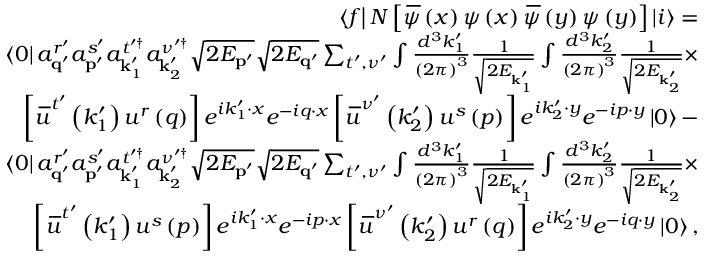
\begin{array} { r l r } & { } & { \left\langle f \right\vert N \left[ \, \overline { { \! { \psi } } } \left( x \right) \psi \left( x \right) \, \overline { { \! { \psi } } } \left( y \right) \psi \left( y \right) \right] \left\vert i \right\rangle = } \\ & { } & { \left\langle 0 \right\vert a _ { \mathbf { q } ^ { \prime } } ^ { r ^ { \prime } } a _ { \mathbf { p } ^ { \prime } } ^ { s ^ { \prime } } a _ { \mathbf { k } _ { 1 } ^ { \prime } } ^ { t ^ { \prime \dagger } } a _ { \mathbf { k } _ { 2 } ^ { \prime } } ^ { \nu ^ { \prime \dagger } } \sqrt { 2 E _ { \mathbf { p } ^ { \prime } } } \sqrt { 2 E _ { \mathbf { q } ^ { \prime } } } \sum _ { t ^ { \prime } , \nu ^ { \prime } } \int \frac { d ^ { 3 } k _ { 1 } ^ { \prime } } { \left( 2 \pi \right) ^ { 3 } } \frac { 1 } { \sqrt { 2 E _ { \mathbf { k } _ { 1 } ^ { \prime } } } } \int \frac { d ^ { 3 } k _ { 2 } ^ { \prime } } { \left( 2 \pi \right) ^ { 3 } } \frac { 1 } { \sqrt { 2 E _ { \mathbf { k } _ { 2 } ^ { \prime } } } } \times } \\ & { } & { \left[ \, \overline { { \! { u } } } ^ { t ^ { \prime } } \left( k _ { 1 } ^ { \prime } \right) u ^ { r } \left( q \right) \right] e ^ { i k _ { 1 } ^ { \prime } \cdot x } e ^ { - i q \cdot x } \left[ \, \overline { { \! { u } } } ^ { \nu ^ { \prime } } \left( k _ { 2 } ^ { \prime } \right) u ^ { s } \left( p \right) \right] e ^ { i k _ { 2 } ^ { \prime } \cdot y } e ^ { - i p \cdot y } \left\vert 0 \right\rangle - } \\ & { } & { \left\langle 0 \right\vert a _ { \mathbf { q } ^ { \prime } } ^ { r ^ { \prime } } a _ { \mathbf { p } ^ { \prime } } ^ { s ^ { \prime } } a _ { \mathbf { k } _ { 1 } ^ { \prime } } ^ { t ^ { \prime \dagger } } a _ { \mathbf { k } _ { 2 } ^ { \prime } } ^ { \nu ^ { \prime \dagger } } \sqrt { 2 E _ { \mathbf { p } ^ { \prime } } } \sqrt { 2 E _ { \mathbf { q } ^ { \prime } } } \sum _ { t ^ { \prime } , \nu ^ { \prime } } \int \frac { d ^ { 3 } k _ { 1 } ^ { \prime } } { \left( 2 \pi \right) ^ { 3 } } \frac { 1 } { \sqrt { 2 E _ { \mathbf { k } _ { 1 } ^ { \prime } } } } \int \frac { d ^ { 3 } k _ { 2 } ^ { \prime } } { \left( 2 \pi \right) ^ { 3 } } \frac { 1 } { \sqrt { 2 E _ { \mathbf { k } _ { 2 } ^ { \prime } } } } \times } \\ & { } & { \left[ \, \overline { { \! { u } } } ^ { t ^ { \prime } } \left( k _ { 1 } ^ { \prime } \right) u ^ { s } \left( p \right) \right] e ^ { i k _ { 1 } ^ { \prime } \cdot x } e ^ { - i p \cdot x } \left[ \, \overline { { \! { u } } } ^ { \nu ^ { \prime } } \left( k _ { 2 } ^ { \prime } \right) u ^ { r } \left( q \right) \right] e ^ { i k _ { 2 } ^ { \prime } \cdot y } e ^ { - i q \cdot y } \left\vert 0 \right\rangle , } \end{array}